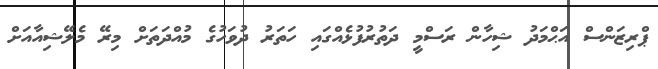
ޕްރިޒަންސް އަޙްމަދު ޝިހާން ރަސްމީ ދަތުރުފުޅެއްގައި ހަތަރު ދުވަހުގެ މުއްދަތަށް މިރޭ މެލޭޝިއާއަށް